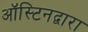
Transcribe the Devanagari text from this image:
ऑस्टिनद्वारा